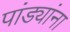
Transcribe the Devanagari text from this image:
पांड्यांना